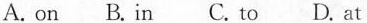
A. on B.In C. to D. At